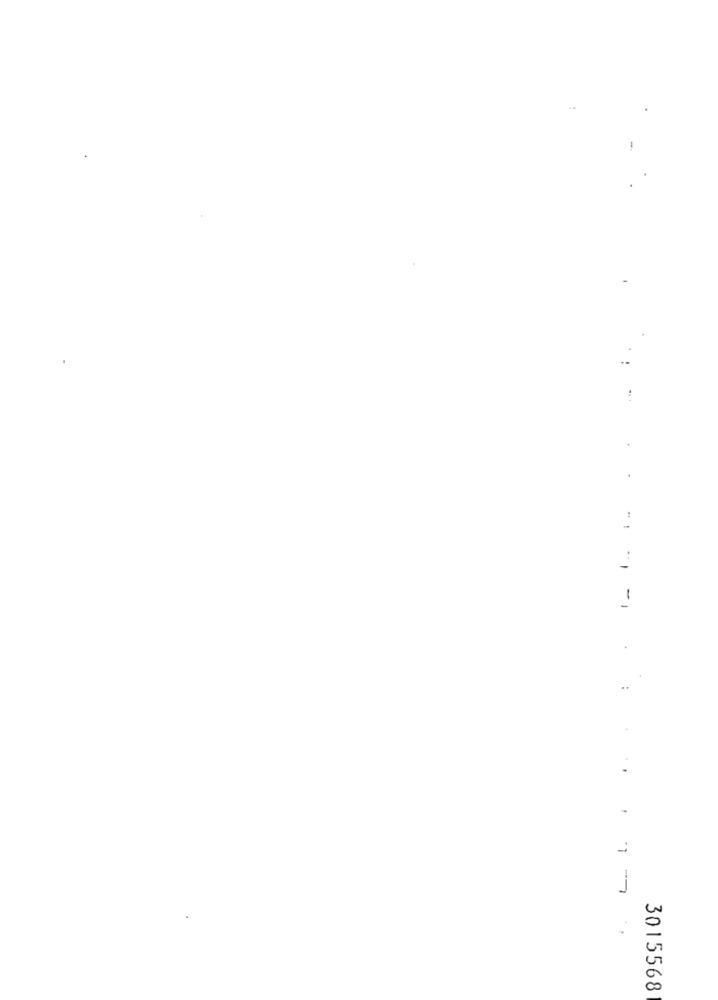
1
..
-
3015568